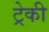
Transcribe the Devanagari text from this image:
ट्रेकी